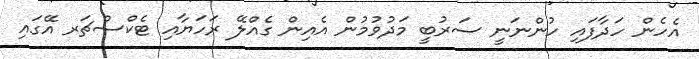
އެހެން ހަދާފައި ހުންނަނީ ސަރުބީ މަދުވުމުން އެއިން ގެއްލޭ ރަހަޔާއި ޓެކްސްޗަރ އޭގައި